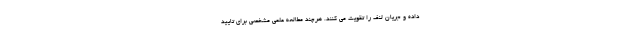
داده و جریان لنف را تقویت می کنند. هرچند مطالعه علمی مشخصی برای تایید